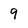
Character: 9